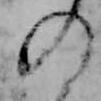
の